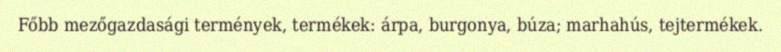
Főbb mezőgazdasági termények, termékek: árpa, burgonya, búza; marhahús, tejtermékek.